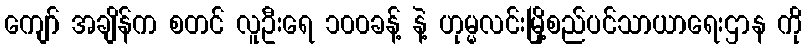
ကျော် အချိန်က စတင် လူဦးရေ ၁၀၀ခန့် နဲ့ ဟုမ္မလင်းမြို့စည်ပင်သာယာရေးဌာန ကို